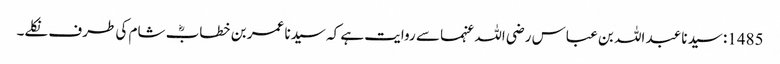
1485: سیدنا عبد اللہ بن عباس رضی اللہ عنہما سے روایت ہے کہ سیدنا عمر بن خطابؓ شام کی طرف نکلے۔